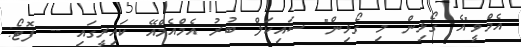
އެމްވީ"އެ ގޯޅިން މި ގޯޅިން" ސައިކަލް ބުރު އެމްއެމްއޭ ކައިރީގައި -- ފޮޓޯ: